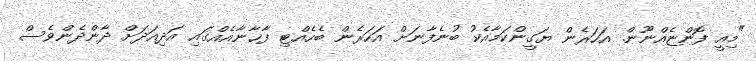
"މިއީ ފޮންޏެއްނޫން. އަހަރެން ޔަގީންކަމާއެކު ބުނެފާނަށް އަހަރެން ބެހެއްޓި ފާޚާނާއެއްގައި އަދިއަދަށް ދާންދެންވެސް